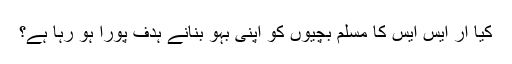
کیا آر ایس ایس کا مسلم بچیوں کو اپنی بہو بنانے ہدف پورا ہو رہا ہے؟